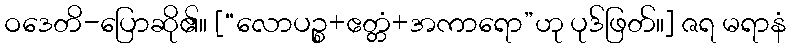
ဝဒေတိ-ပြောဆို၏။ [“လောပဉ္စ+ဧတ္တံ+အကာရော”ဟု ပုဒ်ဖြတ်။] ဇရ မရာနံ